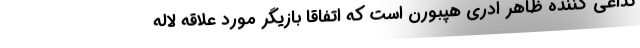
تداعی کننده ظاهر ادری هپبورن است که اتفاقا بازیگر مورد علاقه لاله